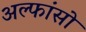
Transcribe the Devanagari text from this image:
अल्फांसो